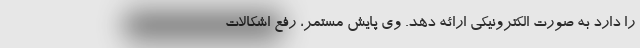
را دارد به صورت الکترونیکی ارائه دهد. وی پایش مستمر، رفع اشکالات